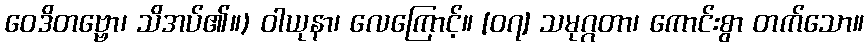
ဝေဒိတဗ္ဗော၊ သိအပ်၏။) ဝါယုနာ၊ လေကြောင့်။ [၀၇] သမုဂ္ဂတာ၊ ကောင်းစွာ တက်သော။